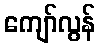
ကျော်လွန်